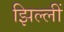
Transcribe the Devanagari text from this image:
झिल्लीं